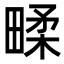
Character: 㽥